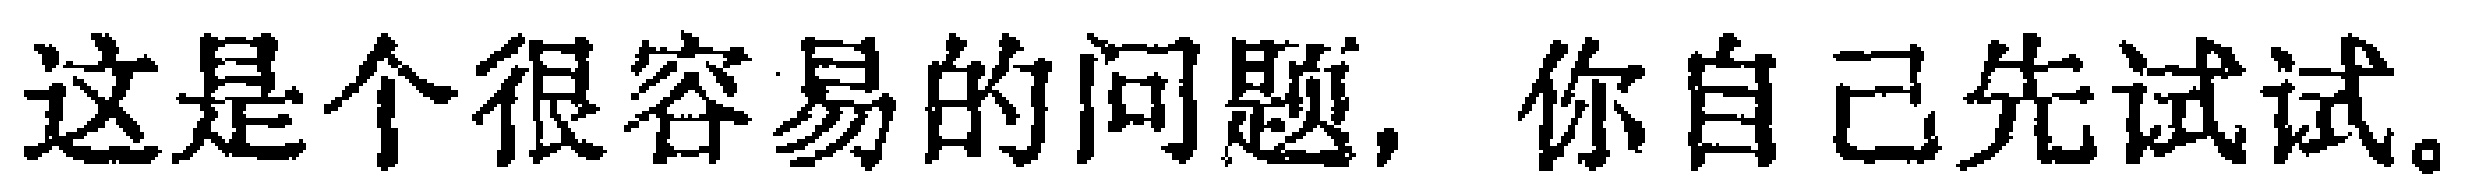
这是个很容易的问题, 你自己先试试。